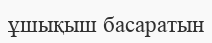
ұшықыш басаратын